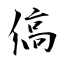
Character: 傐